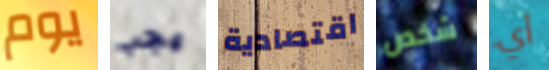
يوم يجب اقتصادية شخص أي